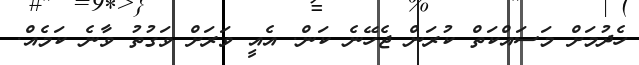
ހެދުމަށް މަސައްކަތް ކުރަން ޖެހޭނެ ކަން. އެއީ ވަރަށް ވަގުތު ވާނެ ކަމެއް.